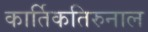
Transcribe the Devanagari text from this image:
कार्तिकतिरुनाल